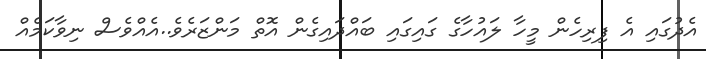
އެދުގައި އެ ފިރިހެން މީހާ ލައުހާގެ ގައިގައި ބައްދައިގެން އޮތް މަންޒަރެވެ..އެއްވެސް ނިވާކަމެއް